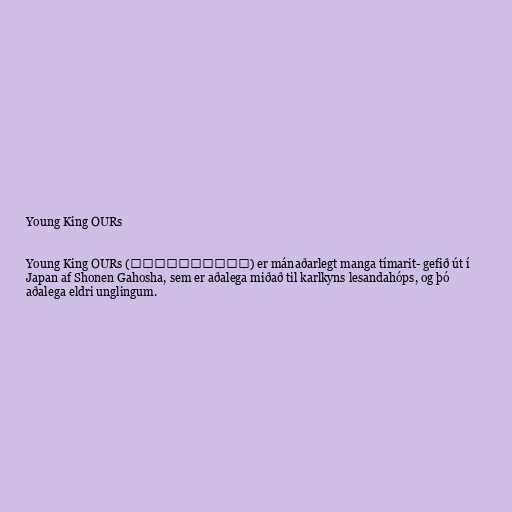
Young King OURs

Young King OURs (ヤングキングアワーズ) er mánaðarlegt manga tímarit- gefið út í
Japan af Shonen Gahosha, sem er aðalega miðað til karlkyns lesandahóps, og þó
aðalega eldri unglingum.